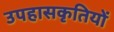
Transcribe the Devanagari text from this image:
उपहासकृतियों